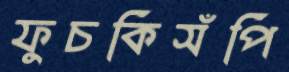
ফুচকিসঁপি